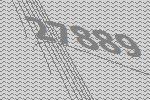
27889